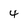
Character: 4